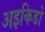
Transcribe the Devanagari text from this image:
अइकिडो